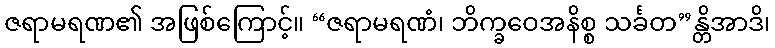
ဇရာမရဏ၏ အဖြစ်ကြောင့်။ “ဇရာမရဏံ၊ ဘိက္ခဝေအနိစ္စ သင်္ခတ”န္တိအာဒိ၊